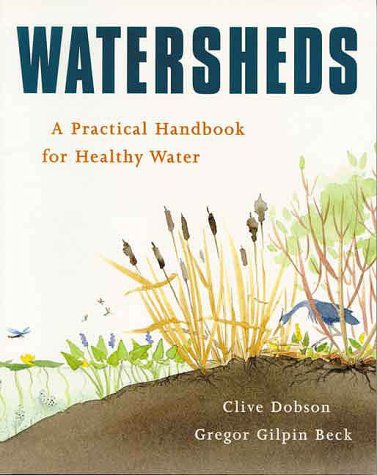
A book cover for Watersheds: A Practical Handbook for Healthy Water; Clive Dobson; Science & Math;